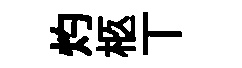
灼柩丅